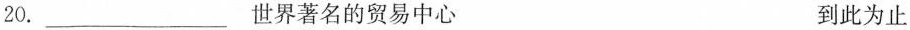
20.___世界著名的贸易中心 到此为止